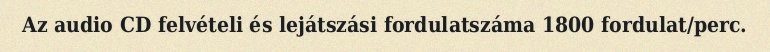
Az audio CD felvételi és lejátszási fordulatszáma 1800 fordulat/perc.